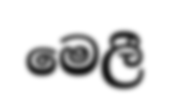
මෙලී